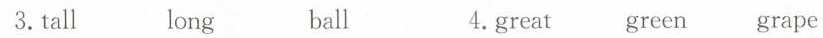
3. tall long ball. 4.great green grape